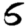
Digit: 5